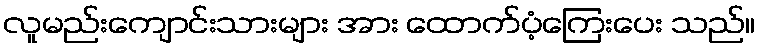
လူမည်းကျောင်းသားများ အား ထောက်ပံ့ကြေးပေး သည်။